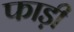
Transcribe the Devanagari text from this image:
फाड़ी